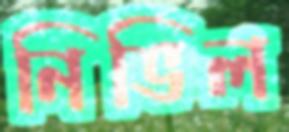
নিভিল